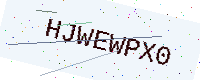
Text: HJWEWPX0